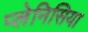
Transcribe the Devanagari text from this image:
प्लेनिसिया